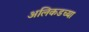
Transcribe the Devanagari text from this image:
अलिकडच्‍या